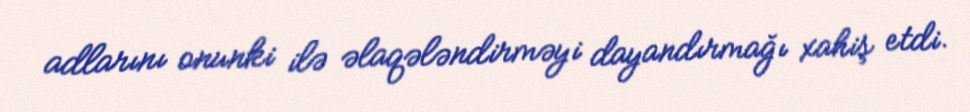
adlarını onunki ilə əlaqələndirməyi dayandırmağı xahiş etdi.